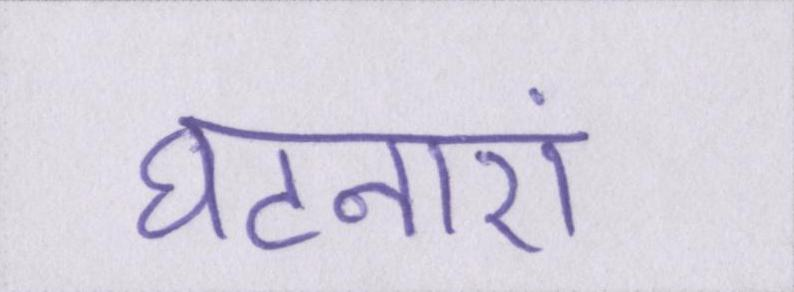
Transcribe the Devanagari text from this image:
घटनाएं